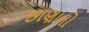
છાણાનો